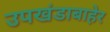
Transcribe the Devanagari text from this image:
उपखंडाबाहेर